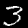
Digit: 3